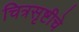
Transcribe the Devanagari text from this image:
चित्रसृष्टीचे